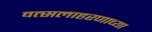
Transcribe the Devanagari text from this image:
वत्सलाहरणाच्या